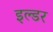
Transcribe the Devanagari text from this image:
इल्डर